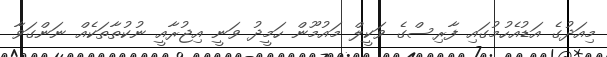
މިއަދުގެ އަޑުއެހުމުގައި ފާރިސްގެ ވަކީލް މައުމޫން ހަމީދު ވަނީ އިޖުރާއީ ނުކުތާތަކެއް ނަންގަވާ